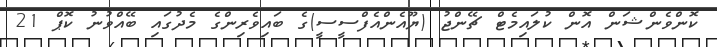
ކޮންވެންޝަން އޮން ކުލައިމެޓް ޗޭންޖު (ޔޫއެންއެފްސީސީ)ގެ ބައިވެރިންގެ މެދުގައި ބޭއްވުނު ކޮޕް 21